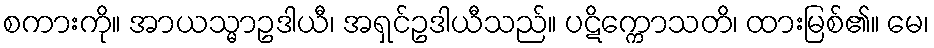
စကားကို။ အာယသ္မာဥဒါယီ၊ အရှင်ဥဒါယီသည်။ ပဋိက္ကောသတိ၊ ထားမြစ်၏။ မေ၊